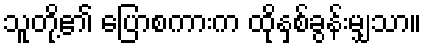
သူတို့၏ ပြောစကားက ထိုနှစ်ခွန်းမျှသာ။